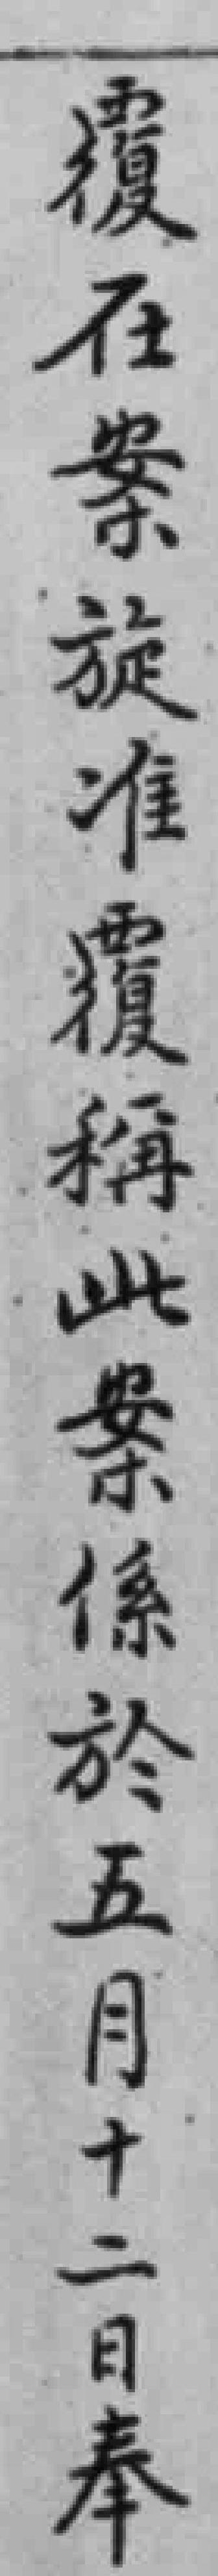
覆在案旋准覆稱此案係於五月十二日奉